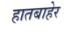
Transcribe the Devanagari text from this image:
हातबाहेर